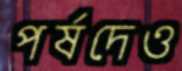
পর্ষদেও